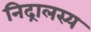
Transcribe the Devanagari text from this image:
निद्रालस्य